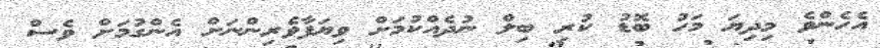
އެހެންވެ މިދިޔަ މަހު ބޮޑު ކުރި ބިލް ނުދެއްކުމަށް ވިޔަފާވެރިންނަށް އެންގުމަށް ވެސް